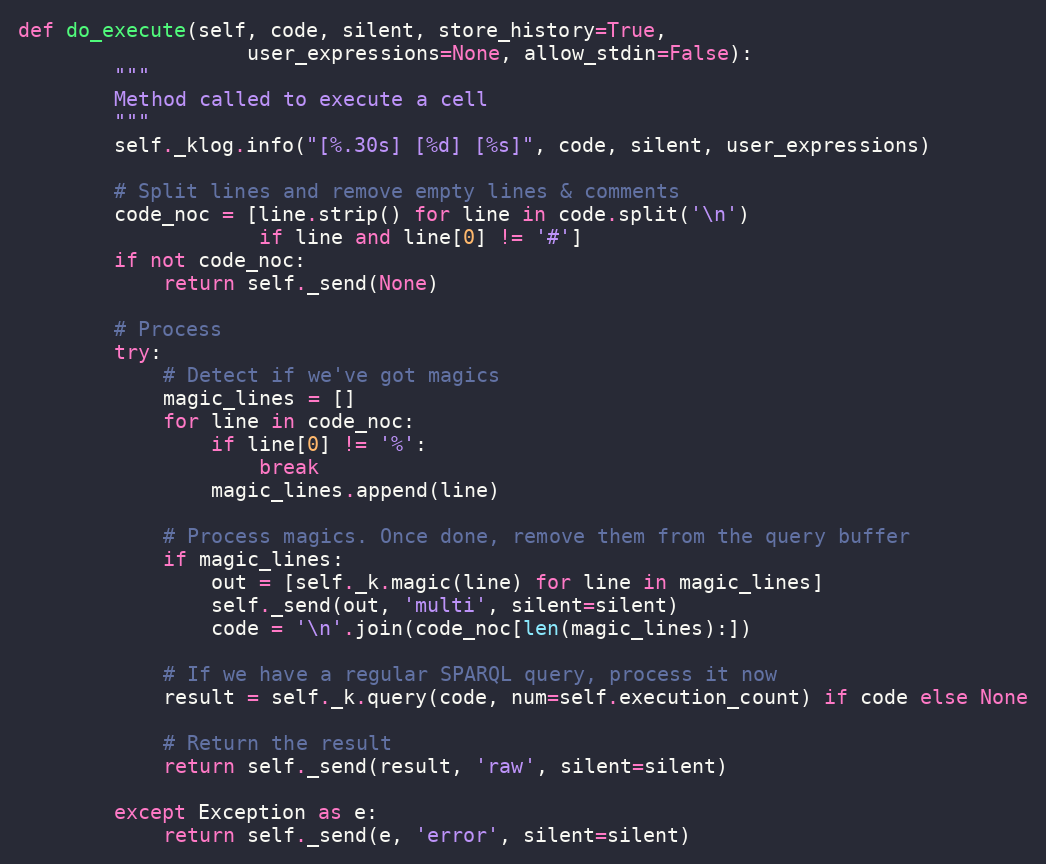
Language: Python
def do_execute(self, code, silent, store_history=True,
                   user_expressions=None, allow_stdin=False):
        """
        Method called to execute a cell
        """
        self._klog.info("[%.30s] [%d] [%s]", code, silent, user_expressions)

        # Split lines and remove empty lines & comments
        code_noc = [line.strip() for line in code.split('\n')
                    if line and line[0] != '#']
        if not code_noc:
            return self._send(None)

        # Process
        try:
            # Detect if we've got magics
            magic_lines = []
            for line in code_noc:
                if line[0] != '%':
                    break
                magic_lines.append(line)

            # Process magics. Once done, remove them from the query buffer
            if magic_lines:
                out = [self._k.magic(line) for line in magic_lines]
                self._send(out, 'multi', silent=silent)
                code = '\n'.join(code_noc[len(magic_lines):])

            # If we have a regular SPARQL query, process it now
            result = self._k.query(code, num=self.execution_count) if code else None

            # Return the result
            return self._send(result, 'raw', silent=silent)

        except Exception as e:
            return self._send(e, 'error', silent=silent)